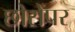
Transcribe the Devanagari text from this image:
छोरोंपर